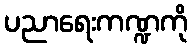
ပညာရေးကဏ္ဍကို